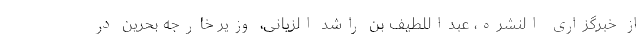
از خبرگزاری النشره، عبداللطیف بن راشد الزیانی، وزیر خارجه بحرین در